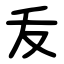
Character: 叐